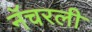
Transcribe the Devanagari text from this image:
नॅचरली